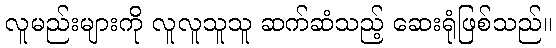
လူမည်းများကို လူလူသူသူ ဆက်ဆံသည့် ဆေးရုံဖြစ်သည်။